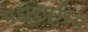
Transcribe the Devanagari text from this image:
मधुरप्रिय